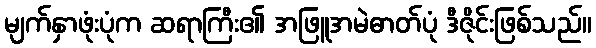
မျက်နှာဖုံးပုံက ဆရာကြီး၏ အဖြူအမဲဓာတ်ပုံ ဒီဇိုင်းဖြစ်သည်။